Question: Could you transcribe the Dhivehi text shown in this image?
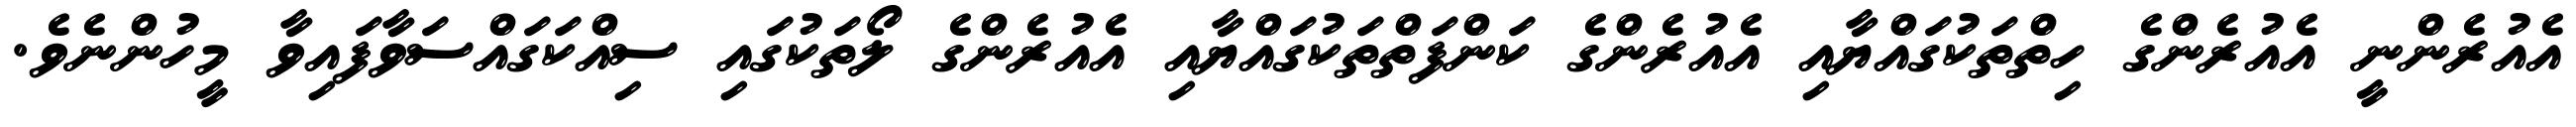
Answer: އެއުރެންނީ އެއުރެންގެ ހިތްތަކުގައްޔާއި އެއުރެންގެ ކަންފަތްތަކުގައްޔާއި އެއުރެންގެ ލޯތަކުގައި ސިއްކަގައްސަވާފައިވާ މީހުންނެވެ.